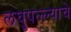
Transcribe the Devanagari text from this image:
लघुपल्ल्याचे